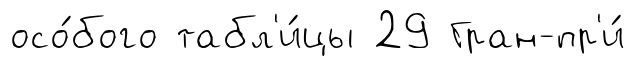
осо́бого табл'и́цы 29 Гран-пр'и́